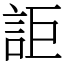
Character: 詎